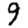
Digit: 9